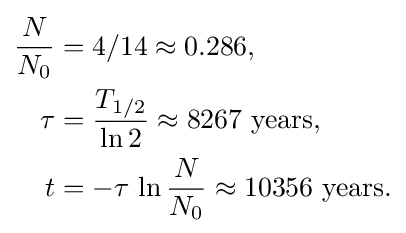
{\begin{aligned}{\frac {N}{N_{0}}}&=4/14\approx 0.286,\\\tau &={\frac {T_{1/2}}{\ln 2}}\approx 8267{\text{ years}},\\t&=-\tau \,\ln {\frac {N}{N_{0}}}\approx 10356{\text{ years}}.\end{aligned}}